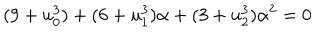
LaTeX: ( 9 + u _ { 0 } ^ { 3 } ) + ( 6 + u _ { 1 } ^ { 3 } ) \alpha + ( 3 + u _ { 2 } ^ { 3 } ) \alpha ^ { 2 } = 0